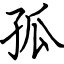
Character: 孤